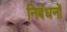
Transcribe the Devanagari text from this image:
निबंधनों